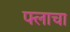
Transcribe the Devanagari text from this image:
फ्लाचा